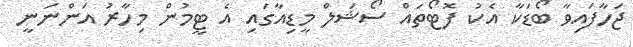
ޖަހާފައިވާ ބޯޑަކާ އެކު ފޮޓޯތައް ސޯޝަލް މީޑިއާގައި އެ ޓީމުން މިހާރު އަންނަނީ